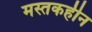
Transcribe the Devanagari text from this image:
मस्तकहीन